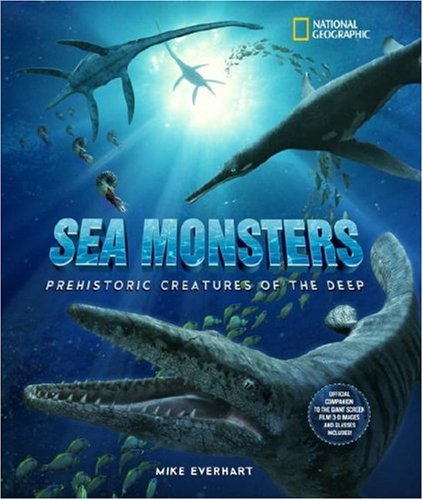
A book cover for Sea Monsters: Prehistoric Creatures of the Deep; Michael Everhart; Science & Math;